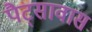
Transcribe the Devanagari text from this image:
पैट्सावास